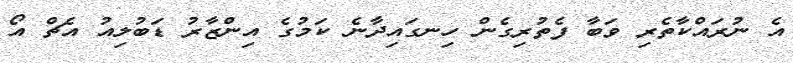
އެ ނުރައްކާތެރި ވަބާ ފެތުރިގެން ހިނގައިދާނެ ކަމުގެ އިންޒާރު ޑަބުލިއު އެޗް އޯ